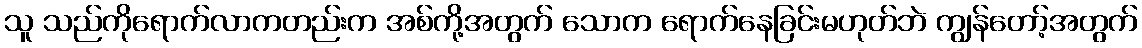
သူ သည်ကိုရောက်လာကတည်းက အစ်ကို့အတွက် သောက ရောက်နေခြင်းမဟုတ်ဘဲ ကျွန်တော့်အတွက်